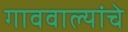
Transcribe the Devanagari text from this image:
गाववाल्यांचे